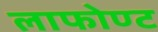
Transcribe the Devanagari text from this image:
लाफोण्ट